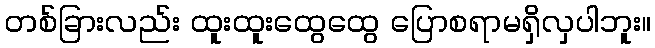
တစ်ခြားလည်း ထူးထူးထွေထွေ ပြောစရာမရှိလှပါဘူး။